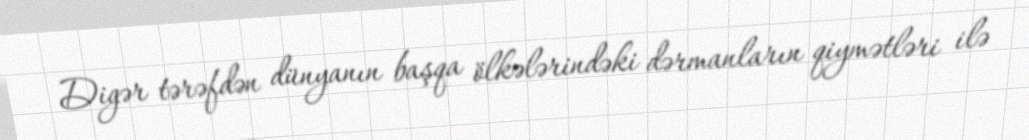
Digər tərəfdən dünyanın başqa ölkələrindəki dərmanların qiymətləri ilə